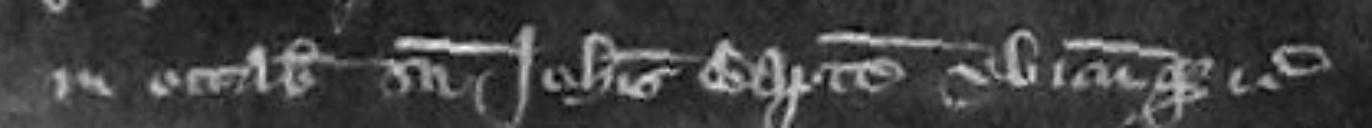
in Octabis Sancti Johannis Baptiste ubicumque etc